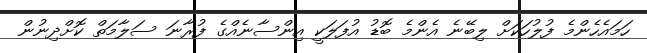
ހަމައެހެންމެ ފުލުހަކަށް ލިބޭނެ އެންމެ ބޮޑު އުފަލަކީ އިންސާނެއްގެ ފުރާނަ ސަލާމަތް ކޮށްދިނުން